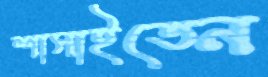
শাসাইতেন